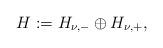
LaTeX: \begin{align*}H:=H_{\nu,-}\oplus H_{\nu,+},\end{align*}